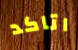
اتاكد